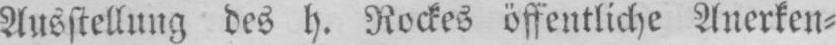
Ausstellung des h. Rockes öffentliche Anerken⸗